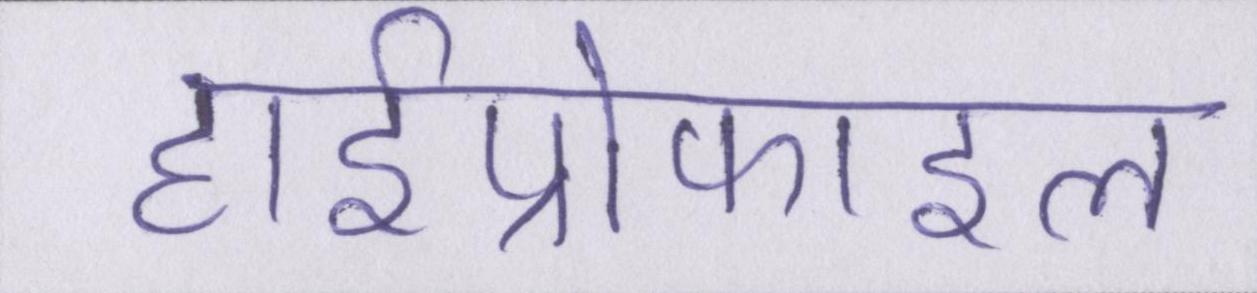
हाईप्रोफाइल